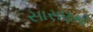
સાસણથી